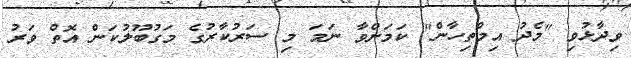
ވިދާޅުވި "މެދު އިމްތިހާން" ކަމަށްވާ ނަމަ މި ސަރުކާރުގެ މަގުބޫލުކަން އޮތް ވަރު